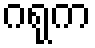
ဂရုက